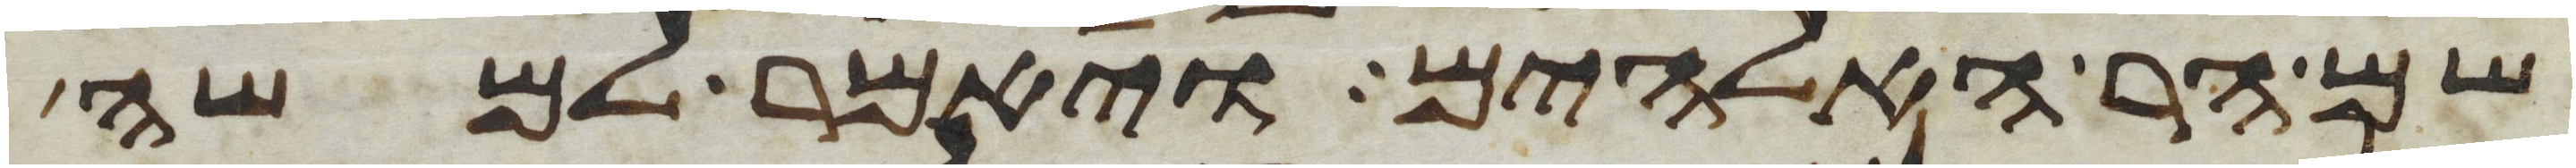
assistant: שם הר האלהים ויאמר למשה